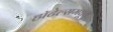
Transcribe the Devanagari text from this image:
हॉटेल्समधून